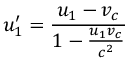
u _ { 1 } ^ { \prime } = { \frac { u _ { 1 } - v _ { c } } { 1 - { \frac { u _ { 1 } v _ { c } } { c ^ { 2 } } } } }